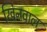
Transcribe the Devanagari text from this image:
खिनवाल